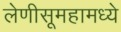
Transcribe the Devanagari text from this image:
लेणीसूमहामध्ये